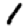
Digit: 1